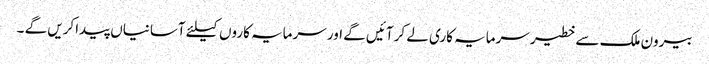
بیرون ملک سے خطیر سرمایہ کاری لے کر آئیں گے اور سرمایہ کاروں کیلئے آسانیاں پیداکریں گے ۔